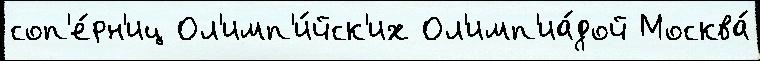
соп'е́рн'иц Ол'имп'и́йск'их Ол'имп'иа́дой Москва́